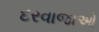
દરવાજાઓ